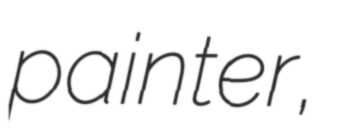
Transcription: painter,